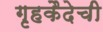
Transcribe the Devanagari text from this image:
गृहकैदेची